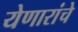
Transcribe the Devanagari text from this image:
येणारांचे